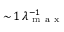
\sim \! 1 \, \lambda _ { \mathrm { ~ m ~ a ~ x ~ } } ^ { - 1 }